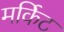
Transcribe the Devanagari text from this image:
मर्किट